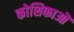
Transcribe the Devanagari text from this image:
कोशिकाऒ